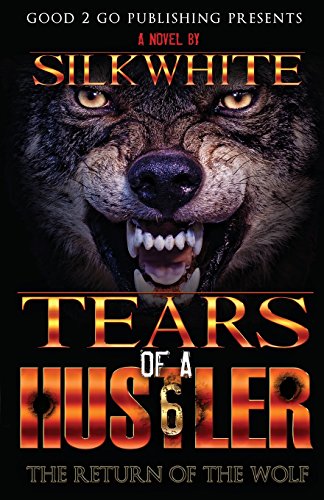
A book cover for Tears of a Hustler PT 6; Silk White; Literature & Fiction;